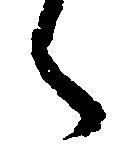
ハ